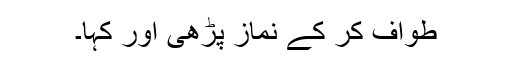
طواف کر کے نماز پڑھی اور کہا۔